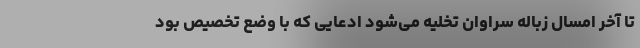
تا آخر امسال زباله سراوان تخلیه می‌شود ادعایی که با وضع تخصیص بود